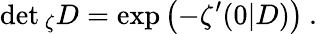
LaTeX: \operatorname*{det}{}_{\zeta}D=\exp\left(-\zeta^{\prime}(0|D)\right)\: .